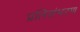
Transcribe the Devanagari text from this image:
प्रतिसंभरण